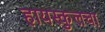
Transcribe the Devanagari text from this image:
हायस्कुलचा